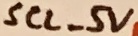
Text: SCL_5V